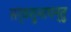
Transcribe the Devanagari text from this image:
सर्वशुभापन्तु